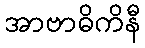
အာဗာဓိကိနီ